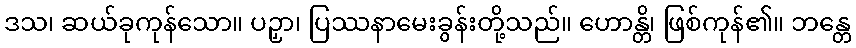
ဒသ၊ ဆယ်ခုကုန်သော။ ပဉှာ၊ ပြဿနာမေးခွန်းတို့သည်။ ဟောန္တိ၊ ဖြစ်ကုန်၏။ ဘန္တေ